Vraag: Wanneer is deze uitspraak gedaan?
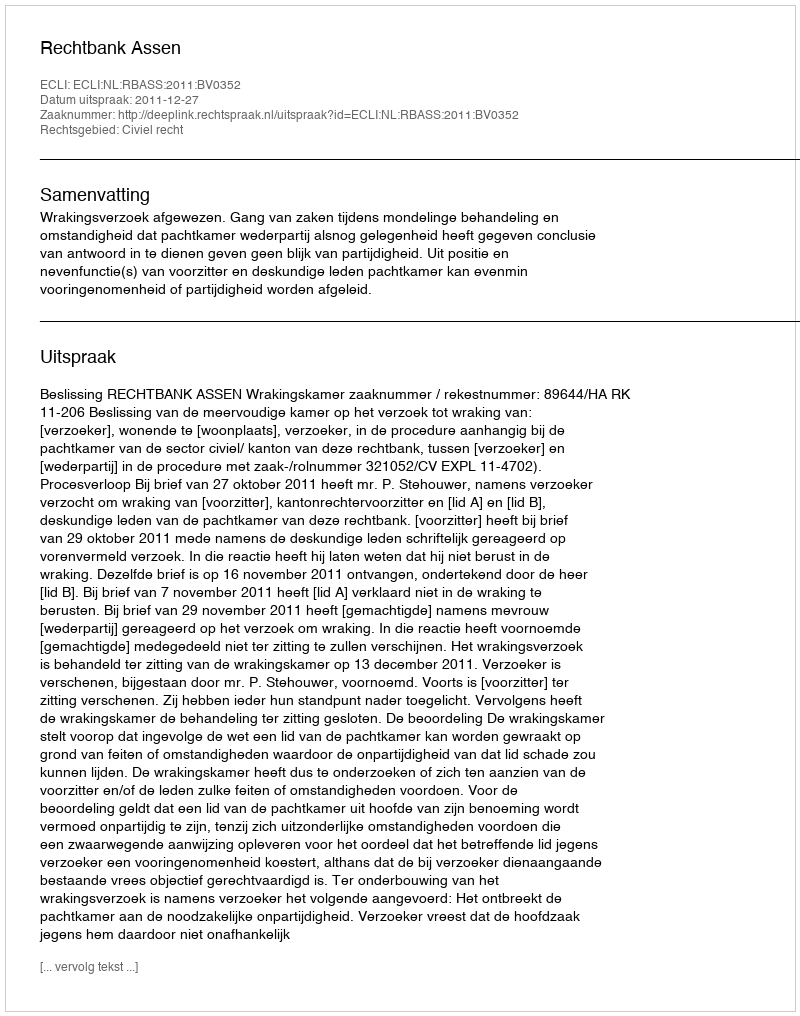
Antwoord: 2011-12-27